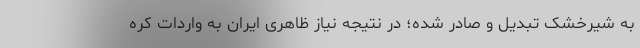
به شیرخشک تبدیل و صادر شده؛ در نتیجه نیاز ظاهری ایران به واردات کره